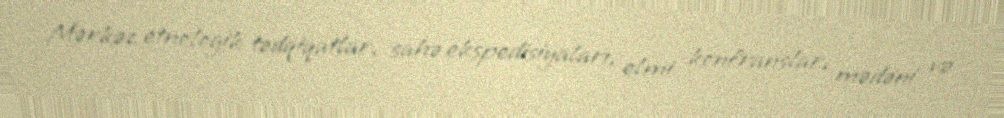
Mərkəz etnologik tədqiqatlar, sahə ekspedisiyaları, elmi konfranslar, mədəni və